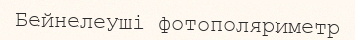
Бейнелеуші фотополяриметр